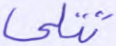
تتلى